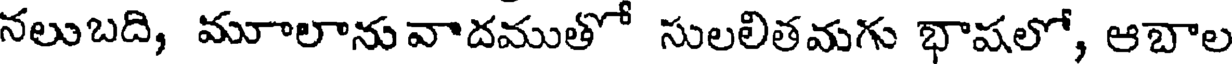
నలుబది, మూాలానువాదముతో సులలితమగు భాషలో, ఆబాల